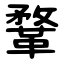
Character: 鞪